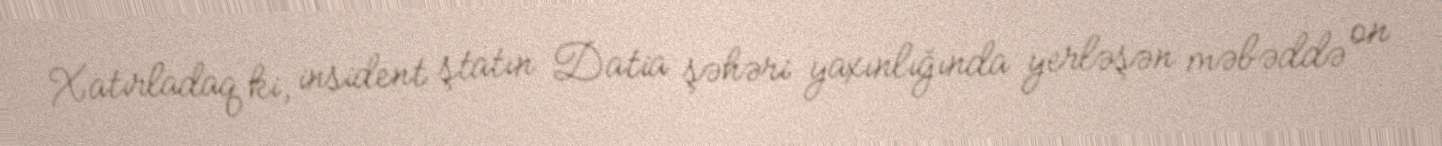
Xatırladaq ki, insident ştatın Datia şəhəri yaxınlığında yerləşən məbəddə on